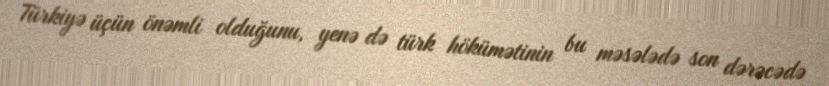
Türkiyə üçün önəmli olduğunu, yenə də türk hökümətinin bu məsələdə son dərəcədə